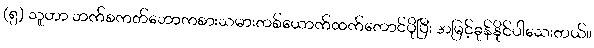
(၅) သူဟာ ဘက်စကတ်ဘောကစားသမားတစ်ယောက်ထက်တောင်ပိုပြီး အမြင့်ခုန်နိုင်ပါသေးတယ်။